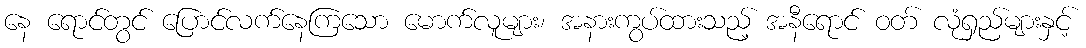
နေ ရောင်တွင် ပြောင်လက်နေကြသော မောက်လူများ၊ အနားကွပ်ထားသည့် အနီရောင် ဝတ် လုံရှည်များနှင့်